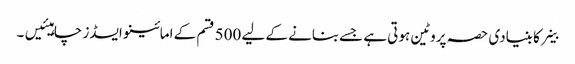
خلیے کا بنیادی حصہ پروٹین ہوتی ہے جسےبنانے کے لیے 500 قسم کے امائینو ایسڈز چاہیئیں۔